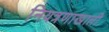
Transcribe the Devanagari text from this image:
नियत्रणाखाली